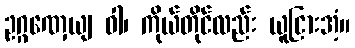
ဥဂ္ဂဏှေယျ ဝါ၊ ကိုယ်တိုင်လည်း ယူငြားအံ့။